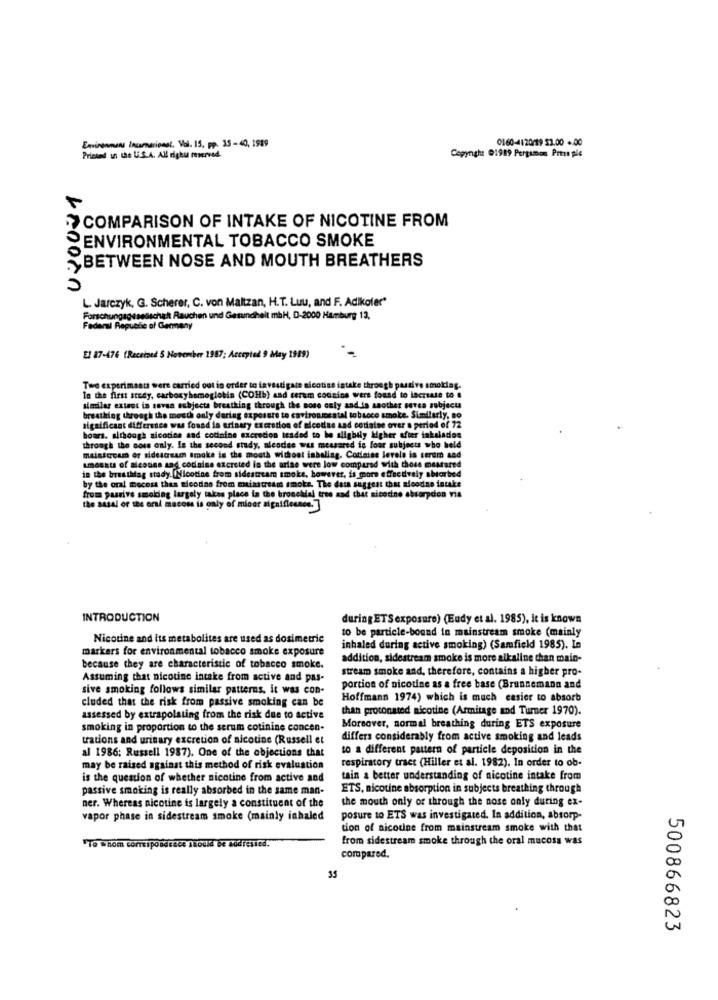
0160-4120/19 51.00 .. 00
Environment Incamerional. Vol. 15, pp. 35-40, 1989
Primaed in the U.S.A. All righu reserved
Copyngh: 01989 Pergamon Press ple
COMPARISON OF INTAKE OF NICOTINE FROM
ENVIRONMENTAL TOBACCO SMOKE
BETWEEN NOSE AND MOUTH BREATHERS
S
L. Jarczyk, G. Scherer, C. von Maltzan, H.T. Luu, and F. Adikoler"
Forschungsgesellschaft Rauchen und Gesundheit mbH, D-2000 Hamburg 13,
Federal Republic of Germany
El 87-476 (Received S November 1987; Accepted 9 May 1989)
Two experiments were carried out in order to lavsstigate sicotise intake through passive smoking.
In the first stedy, carboxyhemoglobin (COHb) and serum cousins wers found to lacrise to .
similar extant in sovsa subjecta breathing through the nose only and in another serca subjecta
breathing through the mosth only daring exposure to environmental tobacco smoke. Similarly, no
significant difference was found in urinary excretion of nicodne and codaine over a period of 72
boars. although sicoties and cotinine excretion tended to be slightly higher after takslados
through the boss only. In the second study, aleodse was messared is four subjects who held
mainstream or sidestream smoke is the mouth without inbaliag. Cotleise levele is serem and
in the breathlag stady. Nicotine from sidestream smoke, however, is more effsedvaly absorbed
amounts of alcouns and codoine excreted in the arise were low compared with those mestured
by the oral mecess thes sieodno from mainstream smoke. The data suggest that nieodne intake
from pasrive smoking largely takes place in the bronchial tree aad that nicotine absorpdon via
the sisal or the oral macoss is only of micer signifiesacs.]
INTRODUCTION
during ETS exposure) (Eudy et al. 1985), it is known
to be particle-bound in mainstream smoke (mainly
Nicotine and its metabolites are used as dosimetric
markers for environmental tobacco smoke exposure
inhaled during active smoking) (Samfield 1985). In
addition, sidestream smoke is more alkaline than main-
because they are characteristic of tobacco smoke.
stream smoke and, therefore, contains a higher pro-
Assuming that nicotine intake from active and pas-
sive smoking follows similar patterns, it was con-
portion of nicotine as a free base (Brunnemann and
cluded that the risk from passive smoking can be
Hoffmann 1974) which is much easier to absorb
than protonsted nicotine (Armitage and Turner 1970).
assessed by extrapolating from the risk due to active
smoking in proportion to the serum cotinine concen-
Moreover, normal breathing during ETS exposure
trations and urinary excretion of nicotine (Russell et
differs considerably from active smoking and leads
al 1986; Russell 1987). One of the objections that
to a different pattern of particle deposition in the
may be raised against this method of risk evaluation
respiratory tract (Hiller et al. 1982). In order to ob-
is the question of whether nicotine from active and
tain a better understanding of nicotine intake from
passive smoking is really absorbed in the same man-
ETS, nicotine absorption in subjects breathing through
ner. Whereas nicotine is largely a constituent of the
the mouth only or through the nose only during ex-
vapor phase in sidestream smoke (mainly inhaled
posure to ETS was investigated. In addition, absorp-
tion of nicotine from mainstream smoke with that
from sidestream smoke through the oral mucosa was
"To whom Corripondréce Should be addressed.
compared.
35
500866823